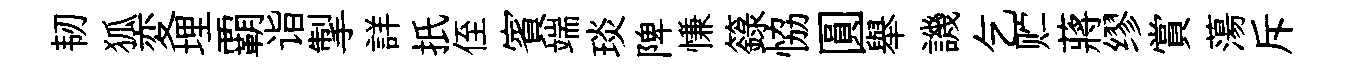
韧狐変埋覇诣掣詳扺侄賓端琰陴慊籙恊圓舉譏乞贮蔣缪賞蕩斥